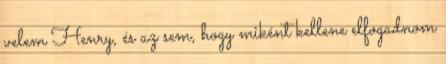
velem Henry, és az sem, hogy miként kellene elfogadnom